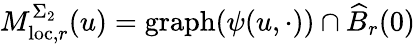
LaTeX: M_{\mathrm{loc},r}^{\Sigma_{2}}(u)=\mathrm{graph}({\psi}(u,\cdot))\cap\widehat{B}_{r}(0)